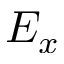
E _ { x }